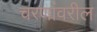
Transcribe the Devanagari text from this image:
चरणांवरील